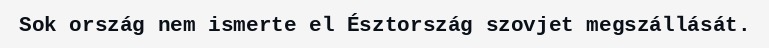
Sok ország nem ismerte el Észtország szovjet megszállását.